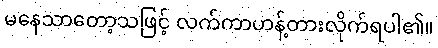
မနေသာတော့သဖြင့် လက်ကာဟန့်တားလိုက်ရပါ၏။